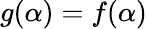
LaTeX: g(\alpha)=f(\alpha)